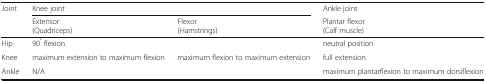
| <ROWSPAN=2> Joint | <COLSPAN=2> Knee joint | Ankle joint |
 | Extensor(Quadriceps) | Flexor(Hamstrings) | Plantar flexor(Calf muscle) |
 | --- | --- | --- | --- |
 | Hip | <COLSPAN=2> 90° flexion | neutral position |
 | Knee | maximum extension to maximum flexion | maximum flexion to maximum extension | full extension |
 | Ankle | <COLSPAN=2> N/A | maximum plantarflexion to maximum dorsiflexion |